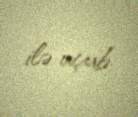
ilə uçub.